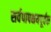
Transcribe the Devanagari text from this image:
सर्वपापक्षयपूर्वक